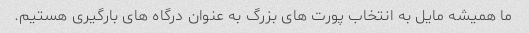
ما همیشه مایل به انتخاب پورت های بزرگ به عنوان درگاه های بارگیری هستیم.